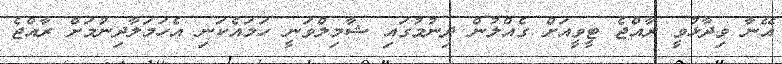
އޭނާ ވިދާޅުވީ ރާއްޖެ ޓީވީއަށް ގެއްލުން ދިނުމުގައި ޝާމިލްވަނީ ހަމައެކަނި އެހަމަލާދިނުމަށް ރާއްޖެ